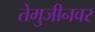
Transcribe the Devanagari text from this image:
तेमुजीनवर